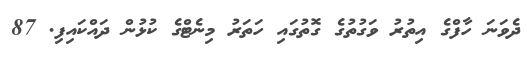
ދެވަނަ ހާފްގެ އިތުރު ވަގުތުގެ ގޮތުގައި ހަތަރު މިނެޓްގެ ކުޅުން ދައްކައިފި. 87